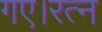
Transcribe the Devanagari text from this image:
गए।रत्न